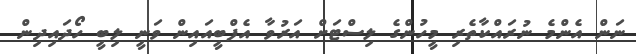
ނަން އެންމެ ނުރައްކާތެރި މީހުންގެ ލިސްޓަށް އަރުވާ އެފްބީއައިން ވަނީ ލިބީ ހޯދައިދިން